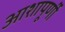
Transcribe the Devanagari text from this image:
आशापूर्णी